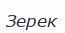
Зерек